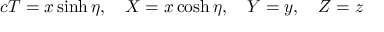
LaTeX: c T = x \sinh \eta , \quad X = x \cosh \eta , \quad Y = y , \quad Z = z